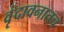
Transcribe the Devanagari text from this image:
वृंदावनातच